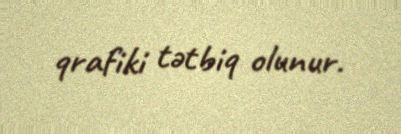
qrafiki tətbiq olunur.